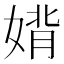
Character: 𫱉